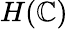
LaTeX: H(\mathbb{C})